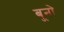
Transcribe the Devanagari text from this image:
बूनो